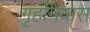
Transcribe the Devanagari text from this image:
गृहनिवास